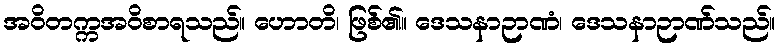
အဝိတက္ကအဝိစာရသည်။ ဟောတိ၊ ဖြစ်၏။ ဒေသနာဉာဏံ၊ ဒေသနာဉာဏ်သည်။